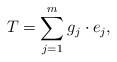
LaTeX: \begin{align*}T=\sum\limits_{j=1}^{m} g_{j}\cdot e_{j},\end{align*}